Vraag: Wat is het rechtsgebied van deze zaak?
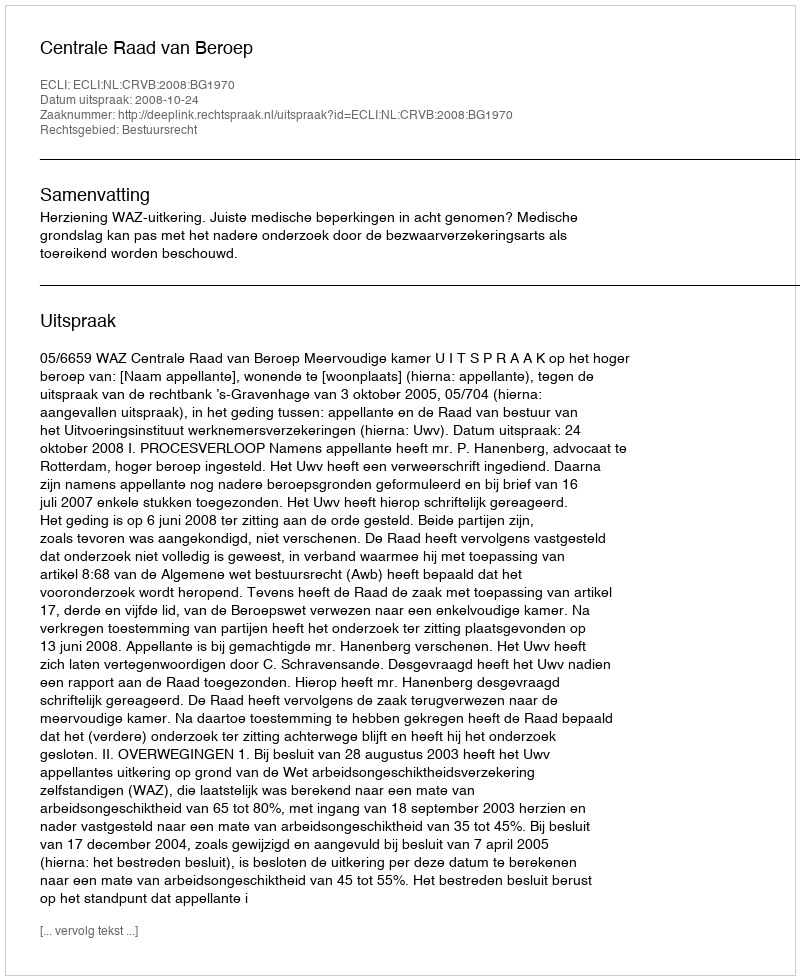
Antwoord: Bestuursrecht